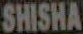
SHISHA